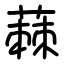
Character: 蕀